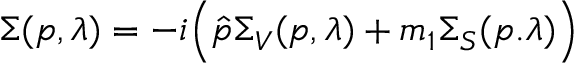
\Sigma ( p , \lambda ) = - i \Big ( \hat { p } \Sigma _ { V } ( p , \lambda ) + m _ { 1 } \Sigma _ { S } ( p . \lambda ) \Big )